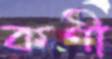
কণী